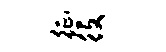
征役